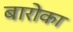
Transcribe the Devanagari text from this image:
बारोका